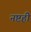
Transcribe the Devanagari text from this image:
नष्टही